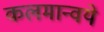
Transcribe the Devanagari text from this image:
कलमान्वये